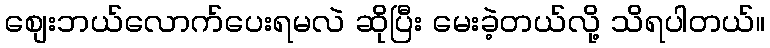
စျေးဘယ်လောက်ပေးရမလဲ ဆိုပြီး မေးခဲ့တယ်လို့ သိရပါတယ်။